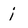
Character: j